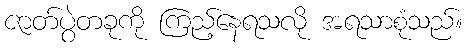
ဇာတ်ပွဲတခုကို ကြည့်နေရသလို အရသာစုံသည်။